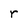
Character: r